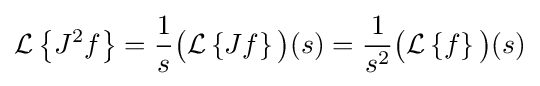
{\mathcal {L}}\left\{J^{2}f\right\}={\frac {1}{s}}{\bigl (}{\mathcal {L}}\left\{Jf\right\}{\bigr )}(s)={\frac {1}{s^{2}}}{\bigl (}{\mathcal {L}}\left\{f\right\}{\bigr )}(s)